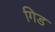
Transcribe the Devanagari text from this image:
गिड